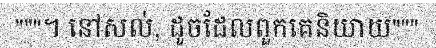
"""។ នៅសល់, ដូចដែលពួកគេនិយាយ"""